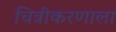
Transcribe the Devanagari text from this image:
चित्रीकरणाला